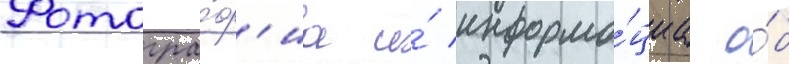
Фотогра́ф'иа и́ информа́циа о́б